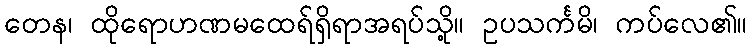
တေန၊ ထိုရောဟဏမထေရ်ရှိရာအရပ်သို့။ ဥပသင်္ကမိ၊ ကပ်လေ၏။